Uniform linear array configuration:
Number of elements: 32
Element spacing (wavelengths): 0.75
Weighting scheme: hann
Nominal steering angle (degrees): -45
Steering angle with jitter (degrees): -45.23
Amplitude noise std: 0.05
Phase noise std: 0.05

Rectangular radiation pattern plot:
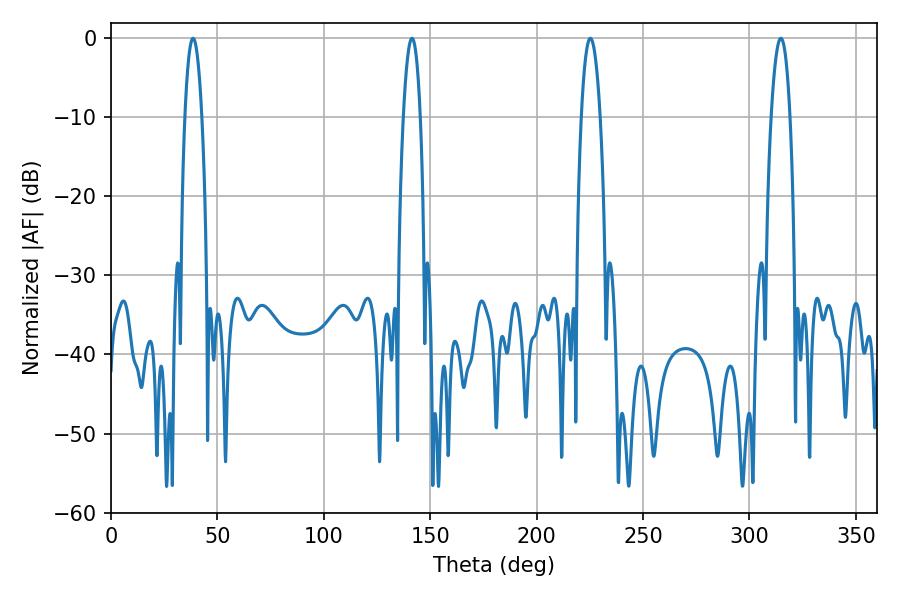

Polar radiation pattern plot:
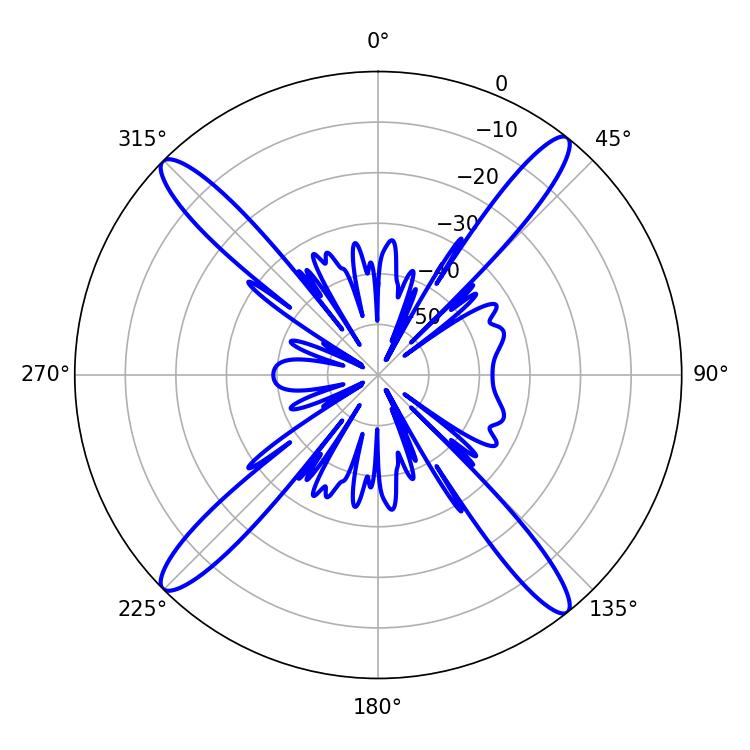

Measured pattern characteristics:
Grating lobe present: TRUE
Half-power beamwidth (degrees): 4.5
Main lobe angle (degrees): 38.52